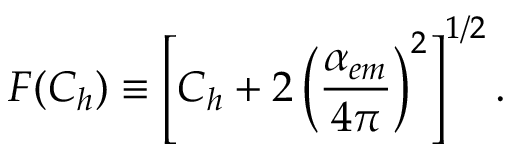
F ( C _ { h } ) \equiv \left[ C _ { h } + 2 \left( \frac { \alpha _ { e m } } { 4 \pi } \right) ^ { 2 } \right] ^ { 1 / 2 } .